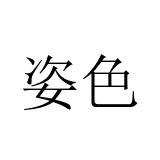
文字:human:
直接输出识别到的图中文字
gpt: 姿色